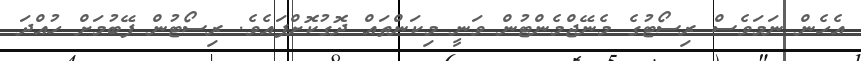
އެހެން ނަމަވެސް ރިސޯޓުގެ މެނޭޖްމެންޓުން ވަނީ މިކަންތައް ދޮގުކޮށްފައެވެ. ރިސޯޓުން ފޭބުމަށް ހުއްދަ